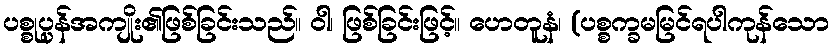
ပစ္စုပ္ပန်အကျိုး၏ဖြစ်ခြင်းသည်။ ဝါ၊ ဖြစ်ခြင်းဖြင့်။ ဟေတူနံ၊ (ပစ္စက္ခမမြင်ရပါကုန်သော